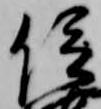
信